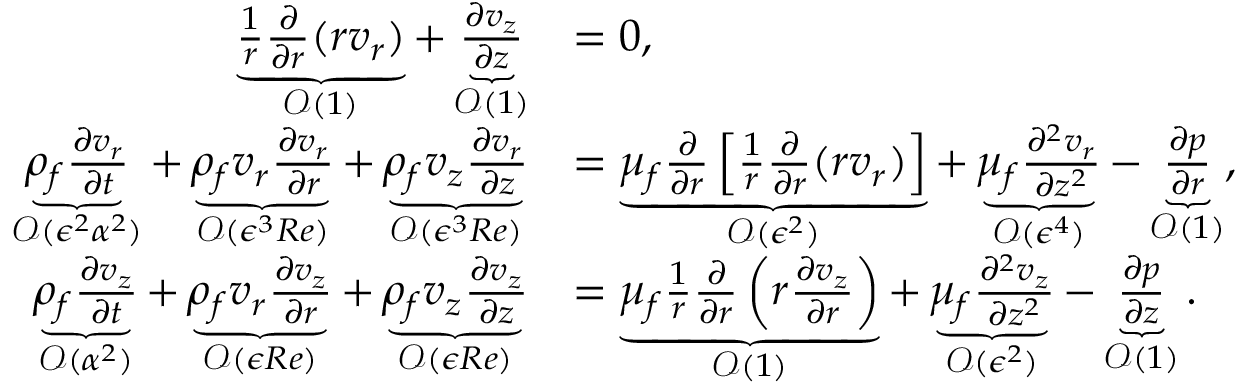
\begin{array} { r l } { \underbrace { \frac { 1 } { r } \frac { \partial } { \partial r } ( r v _ { r } ) } _ { \mathcal { O } ( 1 ) } + \underbrace { \frac { \partial v _ { z } } { \partial z } } _ { \mathcal { O } ( 1 ) } } & { = 0 , } \\ { \underbrace { \rho _ { f } \frac { \partial v _ { r } } { \partial t } } _ { \mathcal { O } ( \epsilon ^ { 2 } { \alpha } ^ { 2 } ) } + \underbrace { \rho _ { f } v _ { r } \frac { \partial v _ { r } } { \partial r } } _ { \mathcal { O } ( \epsilon ^ { 3 } R e ) } + \underbrace { \rho _ { f } v _ { z } \frac { \partial v _ { r } } { \partial z } } _ { \mathcal { O } ( \epsilon ^ { 3 } R e ) } } & { = \underbrace { \mu _ { f } \frac { \partial } { \partial r } \left[ \frac { 1 } { r } \frac { \partial } { \partial r } ( r v _ { r } ) \right] } _ { \mathcal { O } ( \epsilon ^ { 2 } ) } + \underbrace { \mu _ { f } \frac { \partial ^ { 2 } v _ { r } } { \partial z ^ { 2 } } } _ { \mathcal { O } ( \epsilon ^ { 4 } ) } - \underbrace { \frac { \partial p } { \partial r } } _ { \mathcal { O } ( 1 ) } , } \\ { \underbrace { \rho _ { f } \frac { \partial v _ { z } } { \partial t } } _ { \mathcal { O } ( { \alpha } ^ { 2 } ) } + \underbrace { \rho _ { f } v _ { r } \frac { \partial v _ { z } } { \partial r } } _ { \mathcal { O } ( \epsilon R e ) } + \underbrace { \rho _ { f } v _ { z } \frac { \partial v _ { z } } { \partial z } } _ { \mathcal { O } ( \epsilon R e ) } } & { = \underbrace { \mu _ { f } \frac { 1 } { r } \frac { \partial } { \partial r } \left( r \frac { \partial v _ { z } } { \partial r } \right) } _ { \mathcal { O } ( 1 ) } + \underbrace { \mu _ { f } \frac { \partial ^ { 2 } v _ { z } } { \partial z ^ { 2 } } } _ { \mathcal { O } ( \epsilon ^ { 2 } ) } - \underbrace { \frac { \partial p } { \partial z } } _ { \mathcal { O } ( 1 ) } . } \end{array}